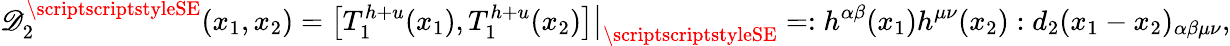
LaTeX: \mathscr{D}_{2}^{\scriptscriptstyleSE}(x_{1},x_{2})=\bigl[T_{1}^{h+u}(x_{1}),T_{1}^{h+u}(x_{2})\bigr]\bigr|_{\scriptscriptstyleSE}=:h^{\alpha\beta}(x_{1})h^{\mu\nu}(x_{2}):d_{2}(x_{1}-x_{2})_{\alpha\beta\mu\nu},